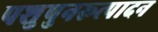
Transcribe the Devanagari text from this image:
पशुपुनरूत्पादन